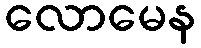
လောမေန